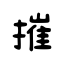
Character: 摧